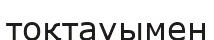
тоқтауымен